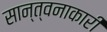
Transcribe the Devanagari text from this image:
सान्त्वनाकारी